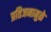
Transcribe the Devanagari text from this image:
प्रतिजनामुळे